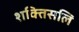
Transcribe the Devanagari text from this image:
शक्तिसलि